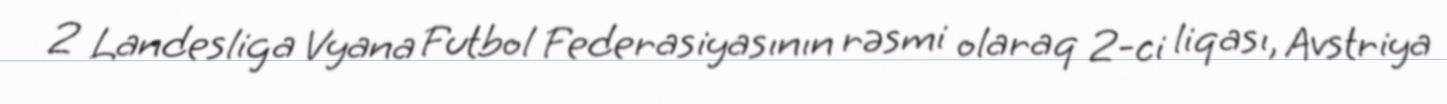
2 Landesliga Vyana Futbol Federasiyasının rəsmi olaraq 2-ci liqası, Avstriya